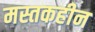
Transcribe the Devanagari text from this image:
मस्तकहीन